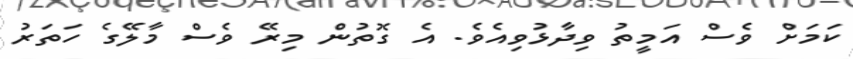
ކަމަށް ވެސް އަމީތު ވިދާޅުވިއެވެ. އެ ގޮތުން މިރޭ ވެސް މާލޭގެ ހަތަރު